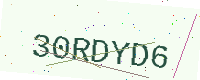
Text: 30RDYD6